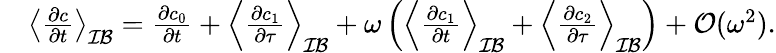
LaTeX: \begin{array}{rl}&{\left\langle\frac{\partial c}{\partial t}\right\rangle_{\mathcal{IB}}=\frac{\partial c_{0}}{\partial t}+\left\langle\frac{\partial c_{1}}{\partial\tau}\right\rangle_{\mathcal{IB}}+\omega\left(\left\langle\frac{\partial c_{1}}{\partial t}\right\rangle_{\mathcal{IB}}+\left\langle\frac{\partial c_{2}}{\partial\tau}\right\rangle_{\mathcal{IB}}\right)+\mathcal O(\omega^{2}).}\end{array}